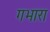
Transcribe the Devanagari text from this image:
गभारा